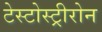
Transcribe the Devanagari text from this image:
टेस्टोस्ट्रीरोन